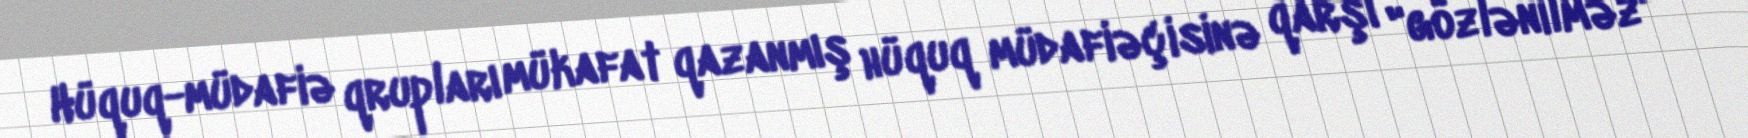
Hüquq-müdafiə qrupları mükafat qazanmış hüquq müdafiəçisinə qarşı "gözlənilməz"